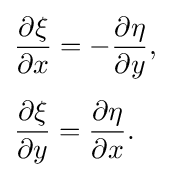
{\begin{aligned}&{\frac {\partial \xi }{\partial x}}=-{\frac {\partial \eta }{\partial y}},\\[4pt]&{\frac {\partial \xi }{\partial y}}={\frac {\partial \eta }{\partial x}}.\end{aligned}}